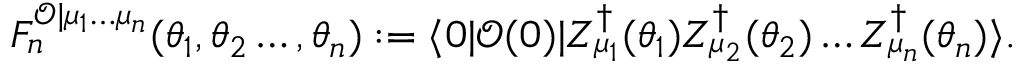
F _ { n } ^ { \mathcal { O } | \mu _ { 1 } \ldots \mu _ { n } } ( \theta _ { 1 } , \theta _ { 2 } \ldots , \theta _ { n } ) : = \langle 0 | \mathcal { O } ( 0 ) | Z _ { \mu _ { 1 } } ^ { \dagger } ( \theta _ { 1 } ) Z _ { \mu _ { 2 } } ^ { \dagger } ( \theta _ { 2 } ) \ldots Z _ { \mu _ { n } } ^ { \dagger } ( \theta _ { n } ) \rangle .